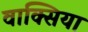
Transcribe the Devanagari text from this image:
वाक्सिया